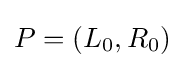
P=(L_{0},R_{0})